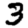
Digit: 3